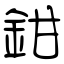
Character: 鉗